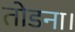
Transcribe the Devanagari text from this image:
तोडना।